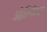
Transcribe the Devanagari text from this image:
औलिविया